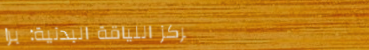
مركز اللياقة البدنية: برا